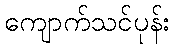
ကျောက်သင်ပုန်း